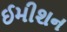
ઈમીશન